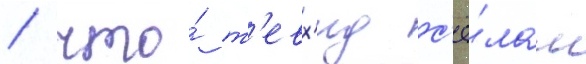
/ что́ т'евх'ид с'ё́лам